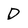
Character: D